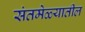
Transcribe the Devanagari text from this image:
संतमेळ्यातील